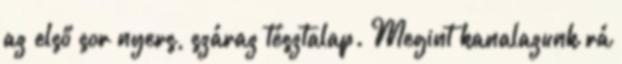
az első sor nyers, száraz tésztalap. Megint kanalazunk rá